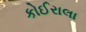
કોઈરાલા